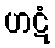
ဟဋံ